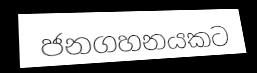
ජනගහනයකට